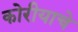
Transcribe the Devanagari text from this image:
कोरीयाचे